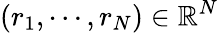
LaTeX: (r_{1},\cdots,r_{N})\in\mathbb{R}^{N}